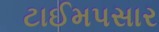
ટાઈમપસાર